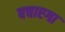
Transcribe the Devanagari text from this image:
बचाएगा